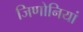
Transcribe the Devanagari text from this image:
जिणोनियां